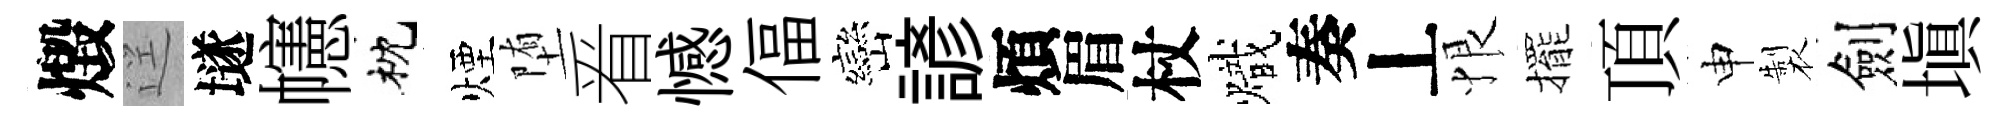
燬逕𡑞幰枕煙堕㸔憾偪巒諺煩眉杖熾奏丄恨擺頂申製劍填